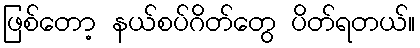
ဖြစ်တော့ နယ်စပ်ဂိတ်တွေ ပိတ်ရတယ်။